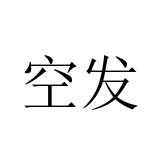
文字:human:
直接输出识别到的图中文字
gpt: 空发